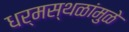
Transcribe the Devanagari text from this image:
धर्मस्थळांमुळे